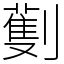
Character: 劐